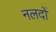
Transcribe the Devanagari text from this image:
नलदों